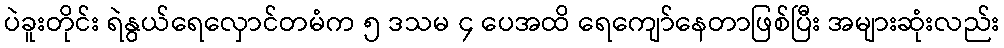
ပဲခူးတိုင်း ရဲနွယ်ရေလှောင်တမံက ၅ ဒသမ ၄ ပေအထိ ရေကျော်နေတာဖြစ်ပြီး အများဆုံးလည်း